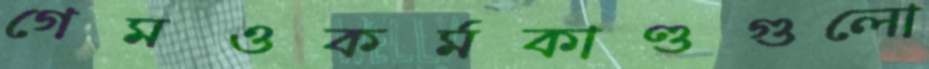
গেমওকর্মকাণ্ডগুলো